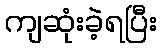
ကျဆုံးခဲ့ရပြီး